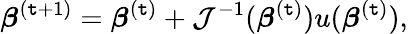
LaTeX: {\boldsymbol{\beta}}^{(\mathtt{t}+1)}={\boldsymbol{\beta}}^{(\mathtt{t})}+{\mathcal{{J}}}^{-1}({\boldsymbol{\beta}}^{(\mathtt{t})})u({\boldsymbol{\beta}}^{(\mathtt{t})}),